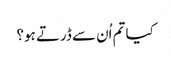
کیا تم اُن سے ڈرتے ہو؟